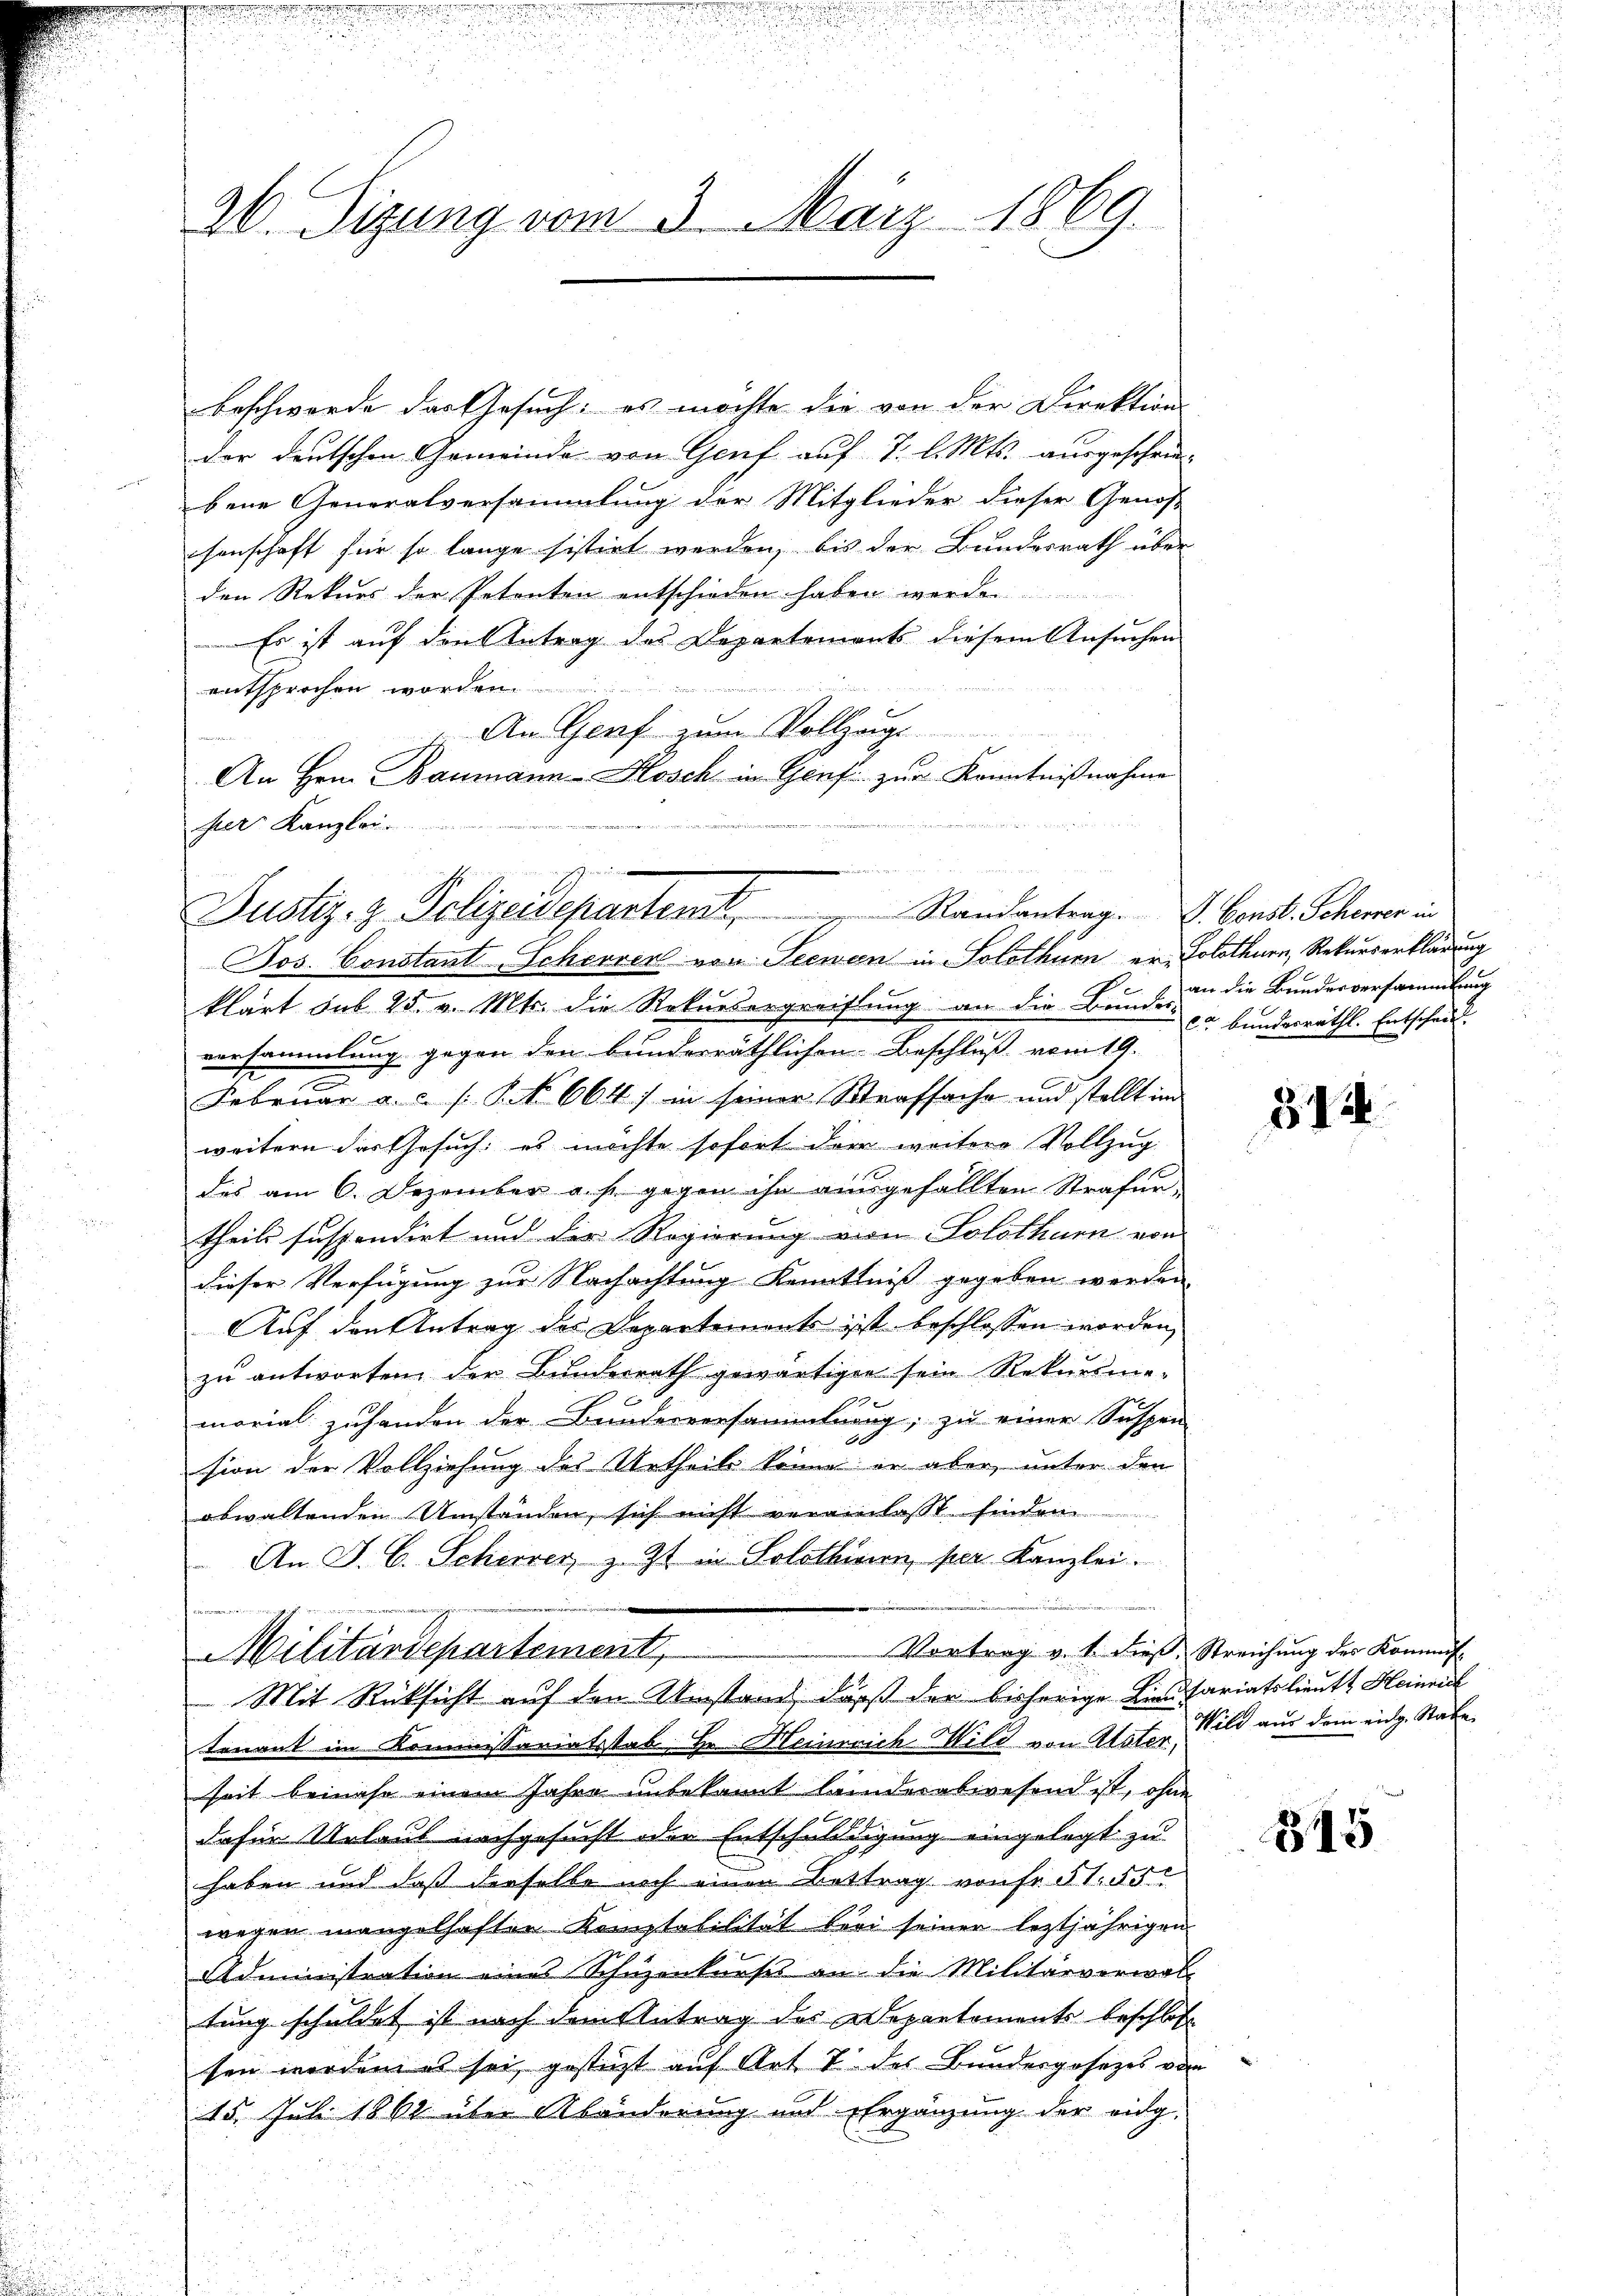
26. Sizung vom 3. März 1869.

beschwerde das Gesuch, es möchte die von der Direktion
der deutschen Gemeinde von Genf auf 1. l. Mts. ausgeschrie-
bene Generalversammlung der Mitglieder dieser Genos-
senschaft für so lange sistirt werden, bis der Bundesrath über
den Rekurs der Petenten entschieden haben werden
Es ist auf den Antrag des Departements diesem Ansuchen
entsprochen worden.
An Genf zum Vollzug.
An Hrn. Baumann-Hosch in Genf zur Kenntnißnahme
u
her Kanzlei.

Justiz, z. Polizeideparten                  Randantrag. Ebens. Scheer in
Jos. Constant Scherren von Seewen in Solothurn er, Solothurn, Rekurserklärung

klärt sub 25. v. Mts. die Rekursergreiflung an die Bundes zu bundesräthl. Entscheid
versammlung gegen den bunderräthlichen Beschluss vom 19.
Februar a. c. / NNo. 664) in seiner Strafsache und stellt im
weitern der Gesuch: es möchte sofort die weitere Vollzug
des am 6. Dezember a. s. gegen ihn ausgefällten Strafurtheils suspendirt und der Regierung von Solothurn von
dieser Verfügung zur Nachachtung Kenntniß gegeben werden
Auf den Antrag des Departements ist beschlossen worden,
zu antworten der Bunderrath gewärtigen sein Rekursme-
x
morial zuhanden der Bunderversammlung; zu einer Suspen
sion der Vollziehung des Urtheils könne er aber unter den
obwaltenden Umständen, sich nicht vereinlasst finden
An J. C. Scherrer, z. Zt. in Solothurn, per Kanzlei.
i
n
Vortrag v. 1. dieβ, Streichung des Kommis-
Militärdepartement,
Mit Rücksicht auf den Umstand, daß der bisherige Liestariatslieutt Heinrich
tenant im Kommissariatsstab, Hr. Heinrich Wild von Mater Bild aus dem eidg. Rabe
seit beinahe einem Jahre unbekannt landerabwesend ist, ohne
daher Urlaub nachgesucht oder Entschuldigung eingelegt zu
haben und daß dieselbe noch einen Bettrag von fr. 51. 55
wegen mangelhaften Komptabilität bei seiner leztjährigen
Administration eine Schuzenkurses an die Militärverwoll
tung schuldet ist nach dem Antrag des Departements beschlos
sen worden es sei gestüzt auf Art 7 des Bundesgesetzes von
15. Juli 1862 über Abänderung und Ergänzung der ving-

an die Bundesversammlung

312

815